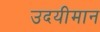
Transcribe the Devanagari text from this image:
उदयीमान